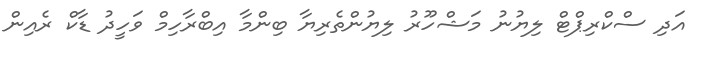
އަދި ސްކްރިޕްޓް ލިޔުނު މަޝްހޫރު ލިޔުންތެރިޔާ ބިންމާ އިބްރާހިމް ވަހީދު ޑާކް ރެއިން